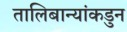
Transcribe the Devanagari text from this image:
तालिबान्यांकडुन